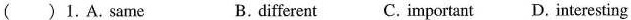
( )1.A.same B.different C. Important D. interesting